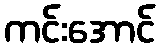
ကင်းအောင်